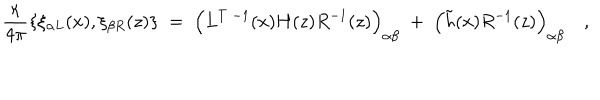
LaTeX: { \frac { \kappa } { 4 \pi } } \{ \xi _ { \alpha L } ( x ) , \xi _ { \beta R } ( z ) \} \; = \; \Bigl ( L ^ { T \; - 1 } ( x ) H ( z ) R ^ { - 1 } ( z ) \Bigr ) _ { \alpha \beta } \; + \; \Bigl ( \tilde { h } ( x ) R ^ { - 1 } ( z ) \Bigr ) _ { \alpha \beta } \quad ,